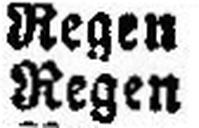
Regen